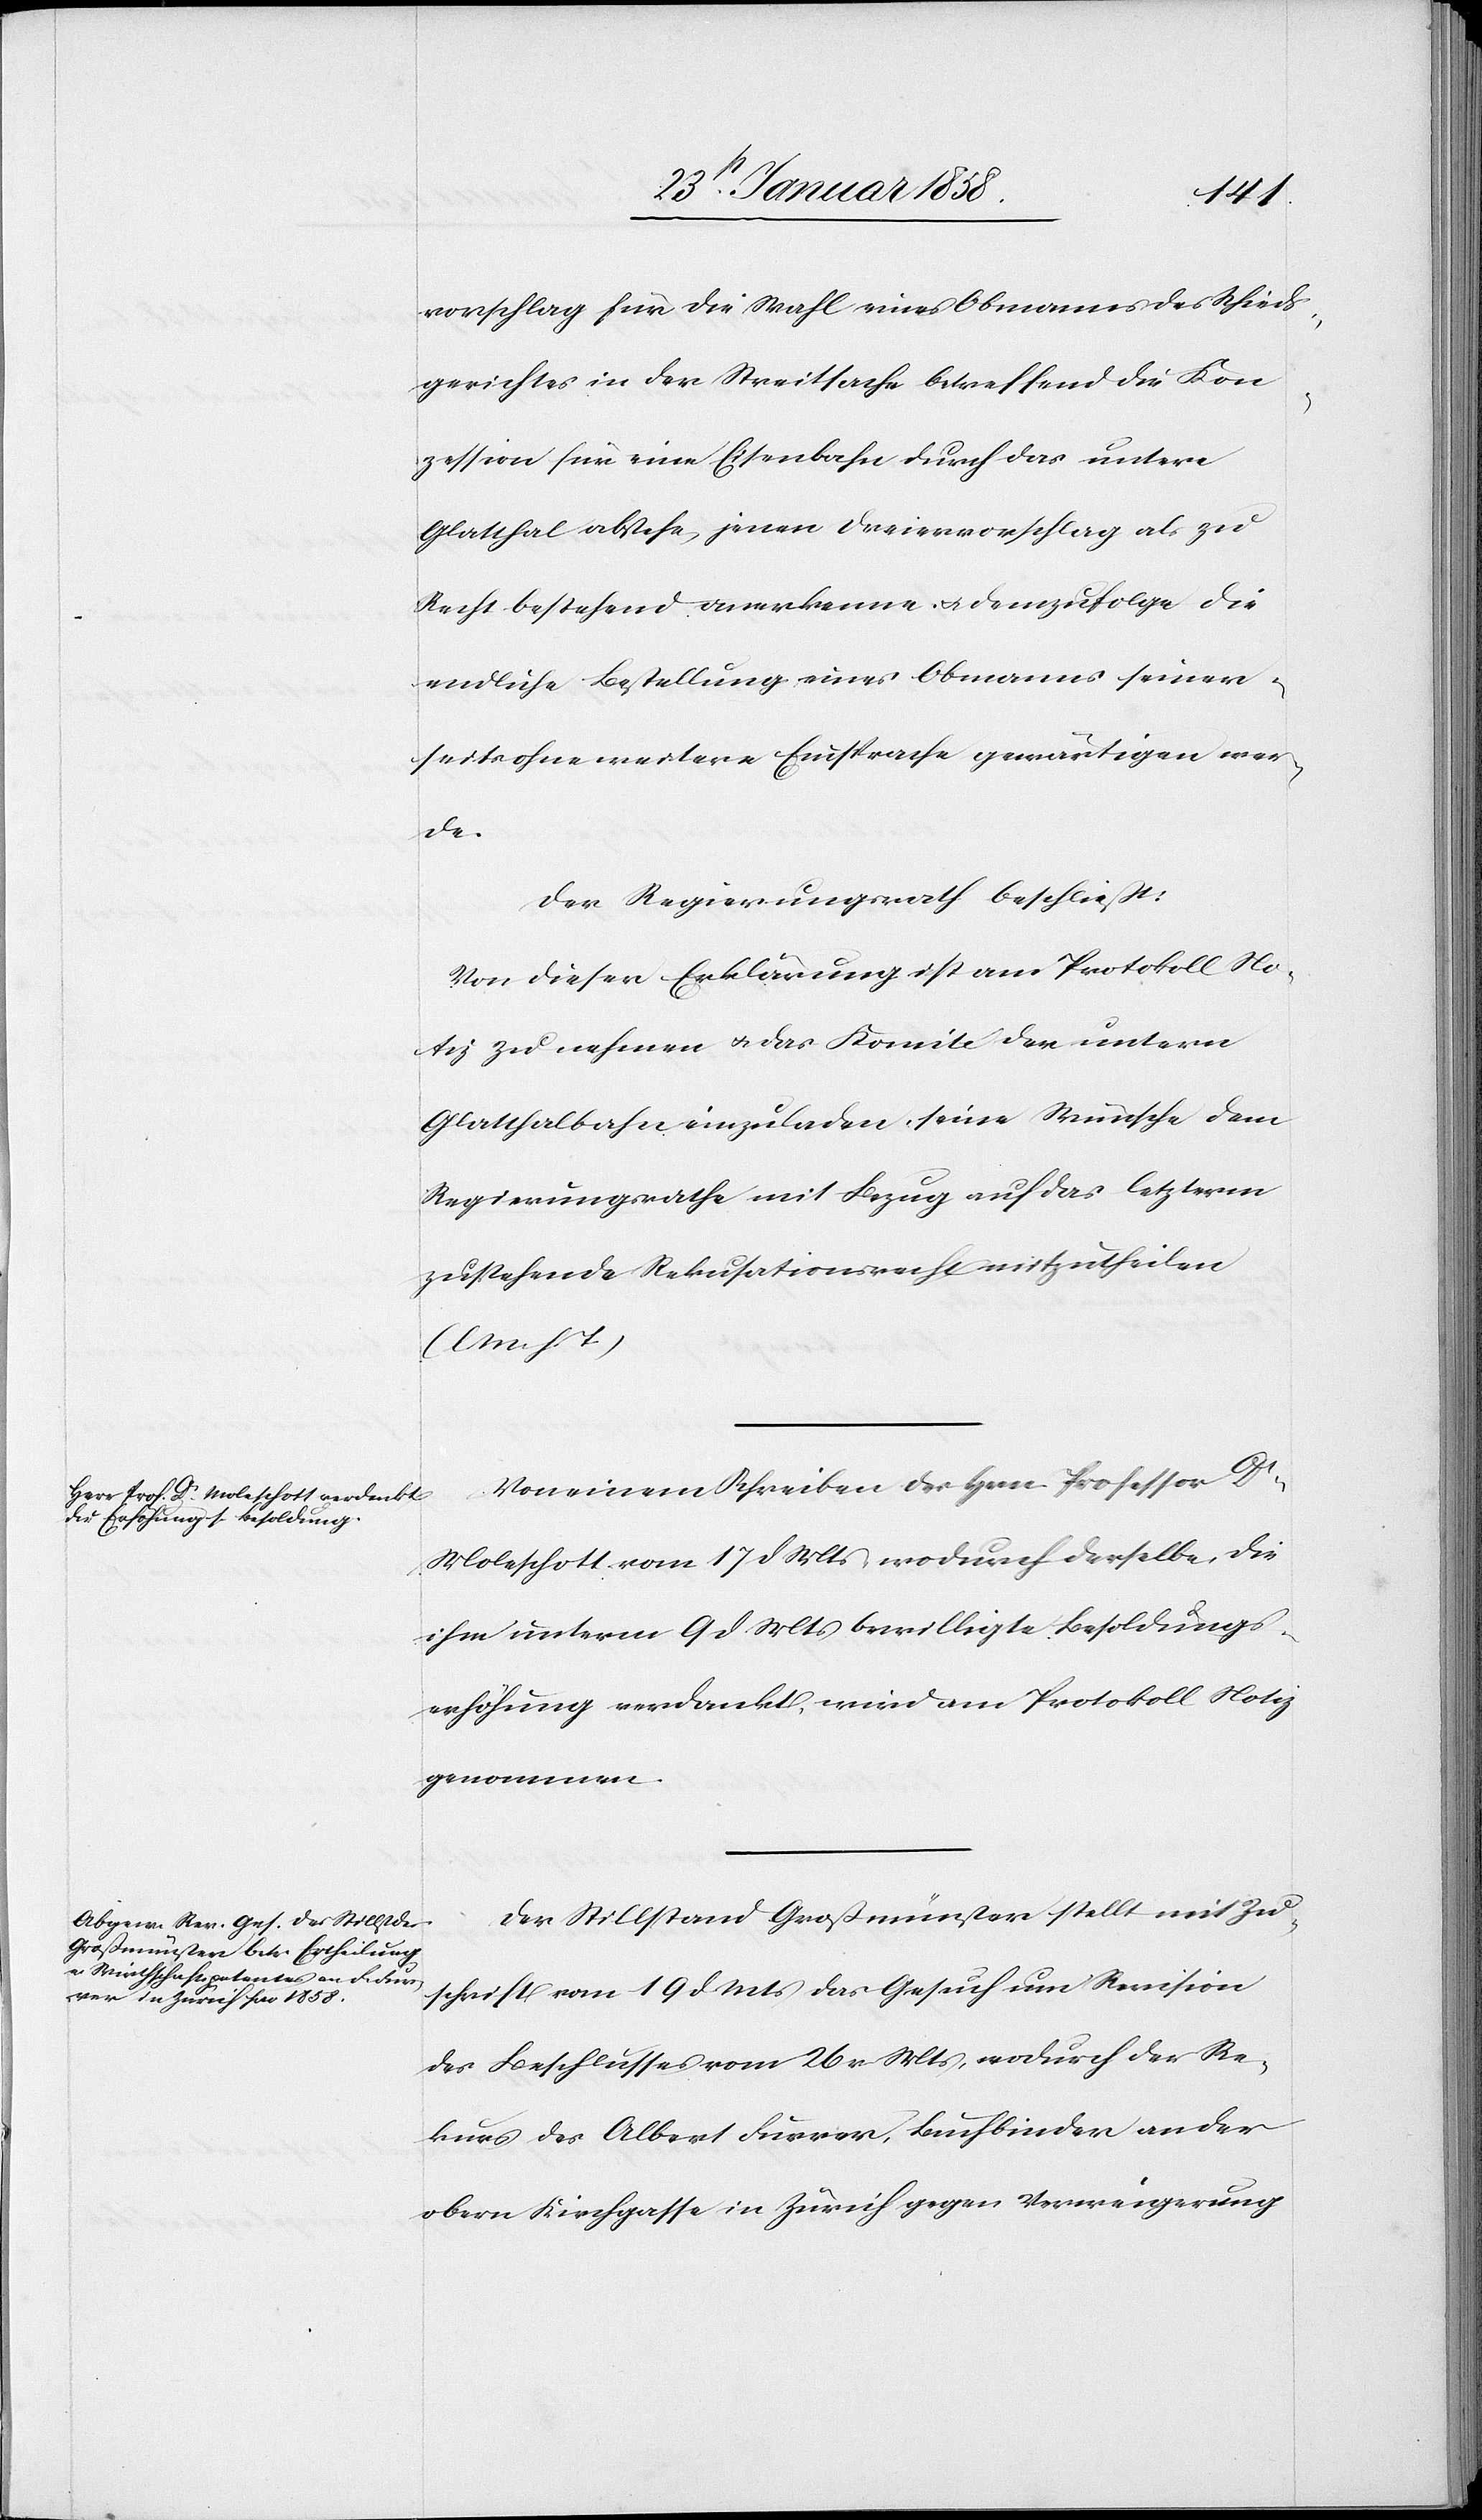
vorschlag für die Wahl eines Obmannes des Schieds¬
gerichtes in der Streitsache betreffend die Kon¬
zession für eine Eisenbahn durch das untere
Glatthal abstehe jenen Dreiervorschlag als zu
Recht bestehend anerkenne u. demzufolge die
endliche Bestellung eines Obmanns seiner¬
seits ohne weitere Einsprache gewärtigen wer¬
de.
Der Regierungsrath beschließt:
Von dieser Erklärung ist am Protokoll No¬
tiz zu nehmen u. das Komité der untern
Glatthalbahn einzuladen, seine Wünsche dem
Regierungsrathe mit Bezug auf das letzterm
zustehende Rekusationsrecht mitzutheilen
(l. M. h. T.)
Von einem Schreiben des Hrn. Professor Dr
Moleschott vom 17 d Mts wodurch derselbe, die
ihm unterm 9 d Mts bewilligte Besoldungs¬
erhöhung verdankt, wird am Protokoll Notiz
genommen.
Der Stillstand Großmünster stellt mit Zu¬
schrift vom 19 d Mts das Gesuch um Revision
des Beschlusses vom 26 v Mts, wodurch der Re¬
kurs des Albert [sic!] Furrer, Buchbinder an der
obern Kirchgasse in Zürich gegen Verweigerung